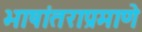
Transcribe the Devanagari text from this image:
भाषांतराप्रमाणे